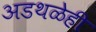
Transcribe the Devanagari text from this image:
अडथळेही